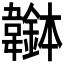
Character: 𩏭